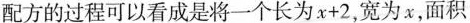
配方的过程可以看成是将一个长为$$x + 2$$，宽为x，面积